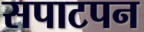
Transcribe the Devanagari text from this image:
सपाटपन